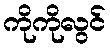
ကိုကိုလွင်